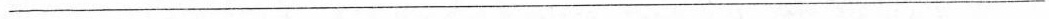
___